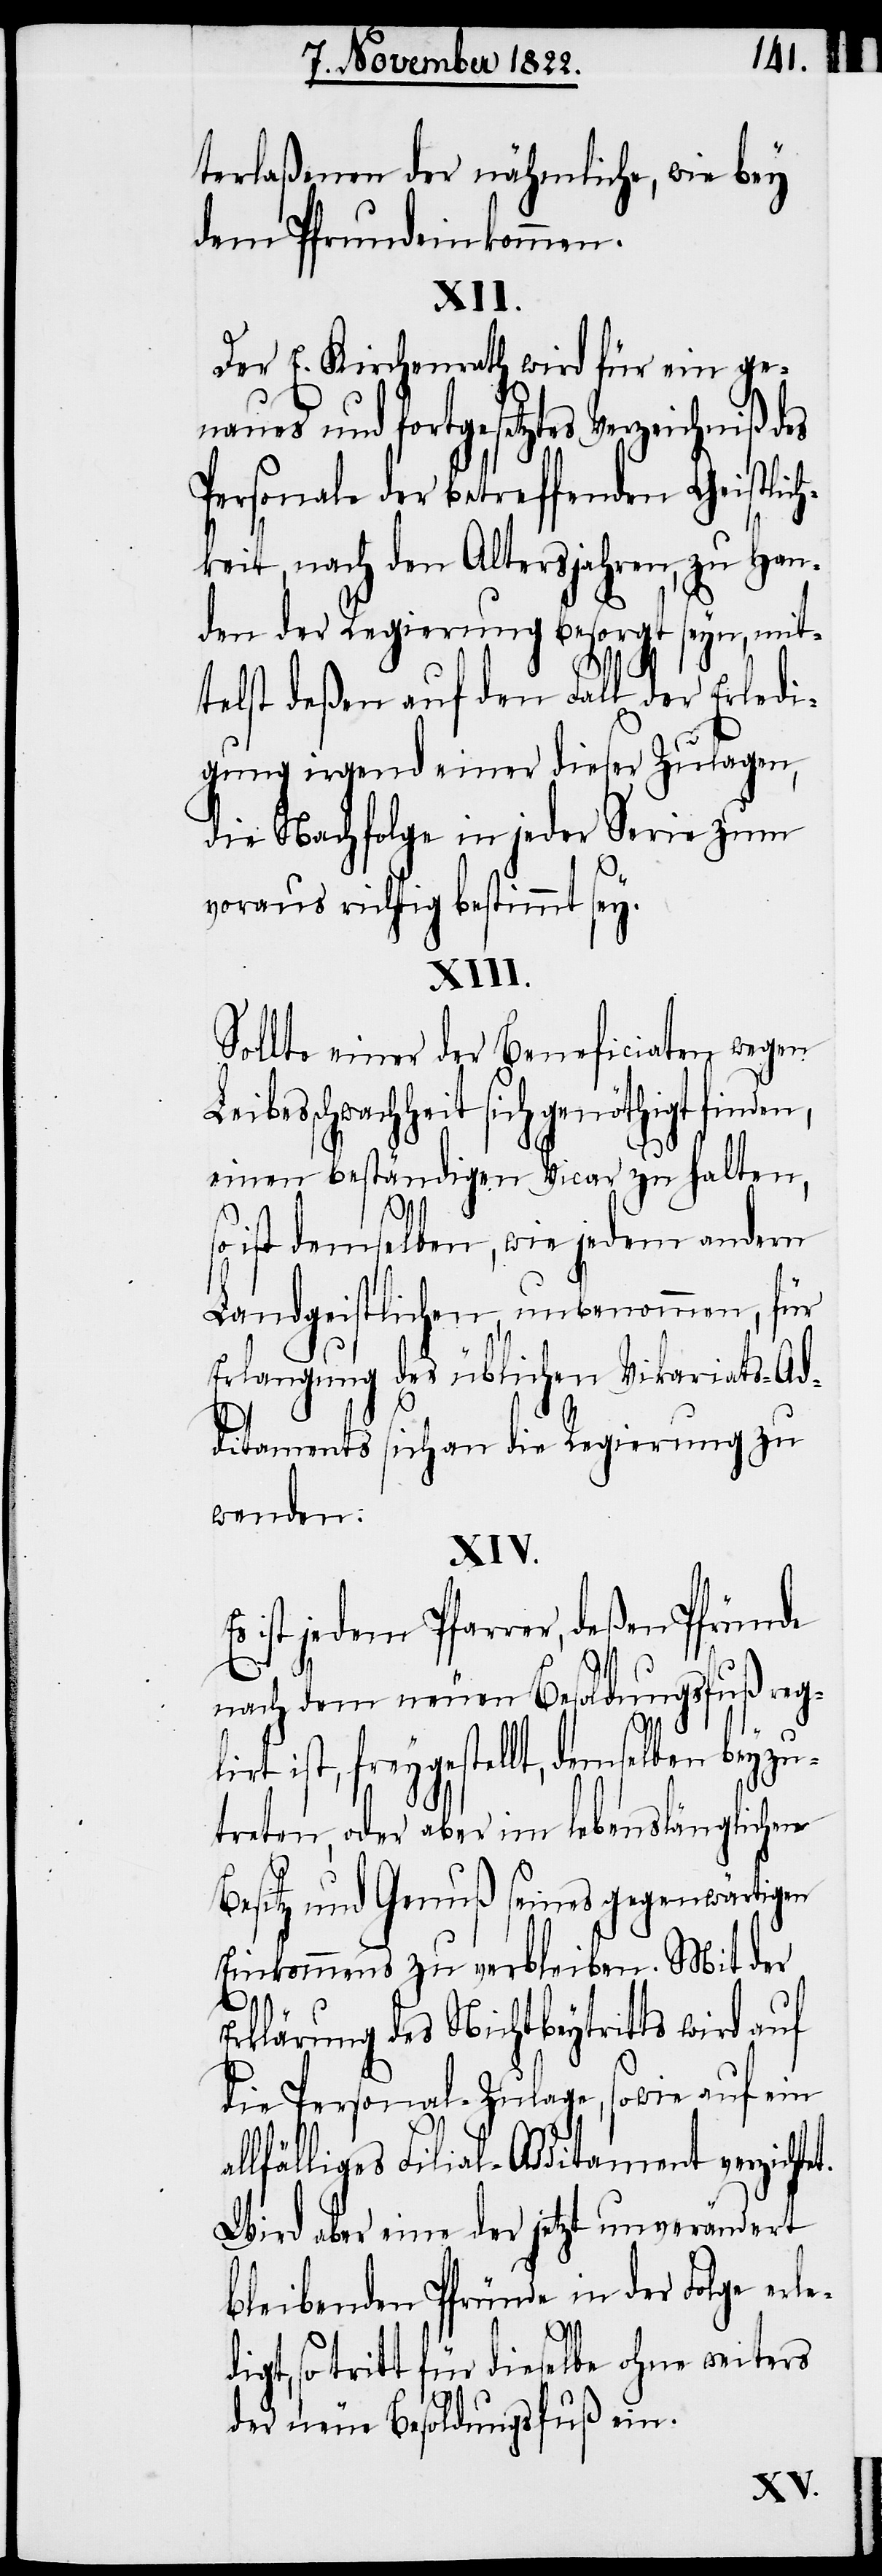
terlaßenen der nähmliche, wie bey
dem Pfrundeinkommen.
Der E. Kirchenrath wird für ein ge¬
naues und fortgesetztes Verzeichniß des
Personale der betreffenden Geistlic¬
hkeit, nach den Altersjahren, zu Han¬
den der Regierung besorgt seyn, mit¬
telst deßen auf den Fall der Erledi¬
gung irgend einer dieser Zulagen
die Nachfolge in jeder Serie zum
voraus richtig bestimmt sey.
Sollte einer der Beneficiaten wegen
esschwachheit sich genöthigt finde¬
einen beständigen Vicar zu halten,
ist demselben, wie jedem andern
Landgeistlichen, unbenommen, für
Erlangung des üblichen Vikariats-Ad¬
ditaments sich an die Regierung zu
wenden.
XIV.
ist jedem Pfarrer, deßen Pfründe
n,
nach dem neuen Besoldungsfuß reg¬
lirt ist, freygestellt, demselben beyzu¬
treten, oder aber im lebenslänglichem
Besitz und Genuß seines gegenwärtigen
Einkommens zu verbleiben. Mit der
rklärung des Nichtbeytritts wird auf
die Personal-Zulage, sowie auf ein
lfälliges Filial-Additament verzicht¬
Wird aber eine der jetzt unverändert
bleibenden Pfründe in der Folge erle¬
et.
digt, so tritt für dieselbe ohne weiters
der neue Besoldungsfuß ein.
Leib¬